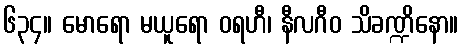
၆၃၄။ မောရော မယူရော ဝရဟီ၊ နီလဂီဝ သိခဏ္ဍိနော။